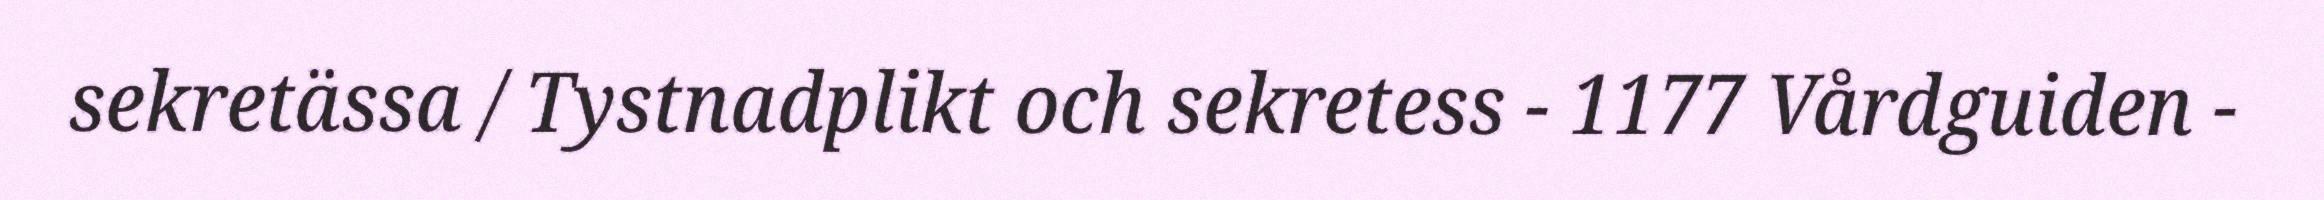
sekretässa / Tystnadplikt och sekretess - 1177 Vårdguiden -